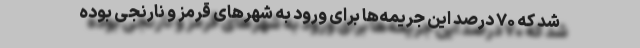
شد که ۷۰ درصد این جریمه‌ها برای ورود به شهر‌های قرمز و نارنجی بوده